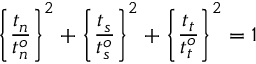
\left\{ \frac { t _ { n } } { t _ { n } ^ { o } } \right\} ^ { 2 } + \left\{ \frac { t _ { s } } { t _ { s } ^ { o } } \right\} ^ { 2 } + \left\{ \frac { t _ { t } } { t _ { t } ^ { o } } \right\} ^ { 2 } = 1